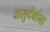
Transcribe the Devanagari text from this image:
वासुदेवांना